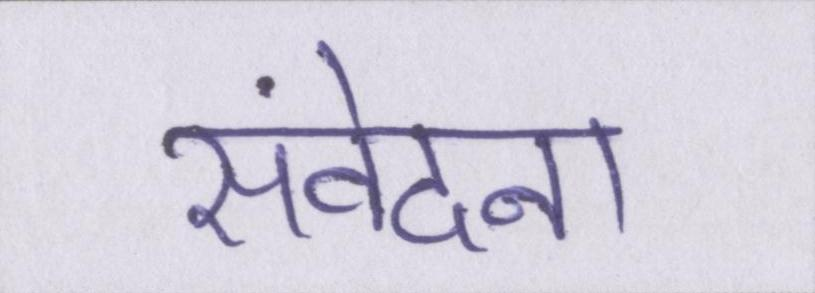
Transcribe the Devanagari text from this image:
संवेदना